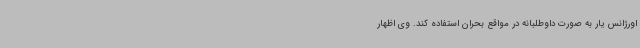
اورژانس یار به صورت داوطلبانه در مواقع بحران استفاده کند. وی اظهار